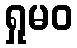
ရှုမဝ